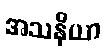
အသနိယာ